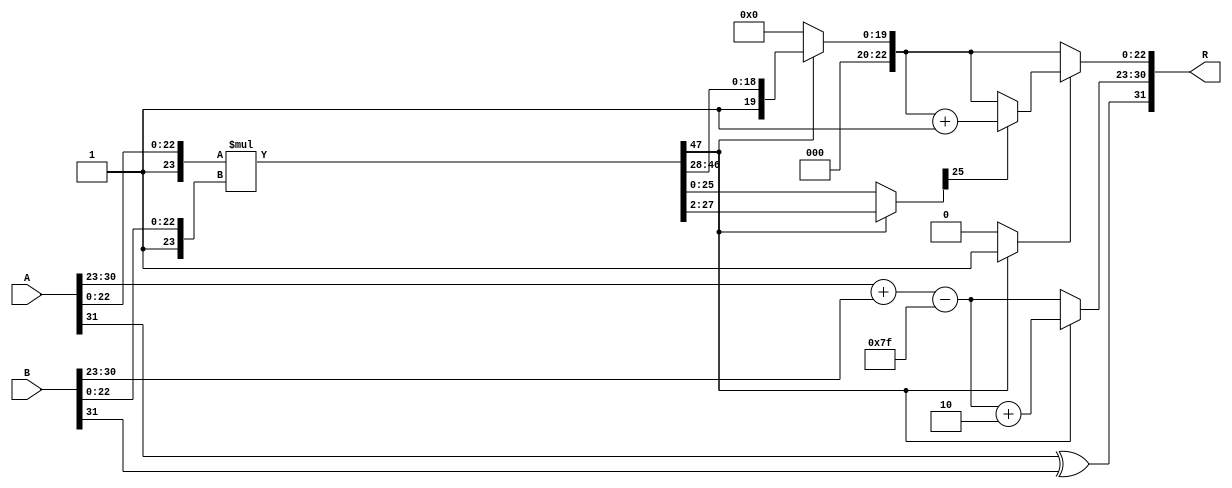
module floating_point_multiplier (
    input  [31:0] A,     // First floating-point input
    input  [31:0] B,     // Second floating-point input
    output reg [31:0] R  // Resulting floating-point output
);

    // Constants
    localparam BIAS = 127;
    localparam MANTISSA_BITS = 23;

    // Decomposition of inputs
    wire S_A = A[31]; // Sign of A
    wire [7:0] E_A = A[30:23]; // Exponent of A
    wire [22:0] M_A = A[22:0]; // Mantissa of A

    wire S_B = B[31]; // Sign of B
    wire [7:0] E_B = B[30:23]; // Exponent of B
    wire [22:0] M_B = B[22:0]; // Mantissa of B

    // Sign calculation
    wire S_R = S_A ^ S_B; // Result sign

    // Exponent calculation
    wire [8:0] E_R = E_A + E_B - BIAS; // Raw exponent before normalization

    // Mantissa calculation (with implicit leading 1)
    wire [24:0] M_A_prime = {1'b1, M_A}; // 1.M_A
    wire [24:0] M_B_prime = {1'b1, M_B}; // 1.M_B
    wire [49:0] P = M_A_prime * M_B_prime; // Product of mantissas

    // Normalization
    reg [7:0] E_N; // Normalized exponent
    reg [22:0] M_N; // Normalized mantissa
    reg [49:0] P_shifted;
    reg [4:0] shift_amount; // Amount to shift for normalization
    reg normalized; // Flag for normalization

    always @(*) begin
        // Default values
        E_N = E_R;
        M_N = 0;
        P_shifted = P;
        shift_amount = 0;
        normalized = 0;

        // Check for normalization (leading bit)
        if (P[49]) begin
            // Already normalized
            M_N = P[48:26]; // 23 bits (discarding the lower bits)
            normalized = 1;
        end else if (P[48]) begin
            // Shift right by 1
            P_shifted = P >> 1;
            E_N = E_N + 1;
            M_N = P_shifted[48:26]; // 23 bits
            normalized = 1;
        end else if (P[47]) begin
            // Shift right by 2
            P_shifted = P >> 2;
            E_N = E_N + 2;
            M_N = P_shifted[48:26]; // 23 bits
            normalized = 1;
        end else begin
            // Further shifts would be required for denormalized results
            // Here we would handle the case of underflow or denormalized numbers
            // For simplicity, we will assume normal cases for now
            // You can implement additional logic as required
            M_N = 0; // Set to zero if denormalized
        end

        // Rounding (simple round to nearest even)
        if (normalized) begin
            // Rounding (implement your own rounding logic as necessary)
            // This example simply truncates for demonstration
            // More sophisticated rounding can be implemented
            if (P_shifted[25]) begin
                M_N = M_N + 1; // Round up if necessary
            end
        end
    end

    // Final result assembly
    always @(*) begin
        R = {S_R, E_N[7:0], M_N}; // Combine sign, exponent, and mantissa
    end

endmodule